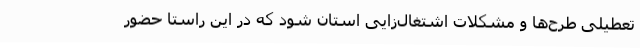
تعطیلی طرح‌ها و مشکلات اشتغال‌زایی استان شود که در این راستا حضور